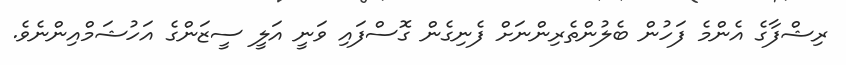
ރިޝްފާގެ އެންމެ ފަހުން ބެލުންތެރިންނަށް ފެނިގެން ގޮސްފައި ވަނީ އަލީ ސީޒަންގެ އަހުޝަމްއިންނެވެ.